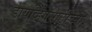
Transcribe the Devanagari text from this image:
डायव्हिंगसाठीच्या